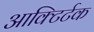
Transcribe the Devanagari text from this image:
आक्टिर्टक